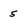
Character: 5